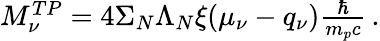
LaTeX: \begin{array}{r}{M_{\nu}^{TP}=4\Sigma_{N}\Lambda_{N}\xi(\mu_{\nu}-q_{\nu})\frac{\hbar}{m_{p}c}\, .}\end{array}